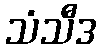
သံသီဒ